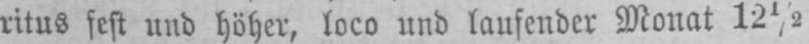
ritus fest und höher, loco und laufender Monat 12½